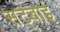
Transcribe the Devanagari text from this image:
सट्बाई